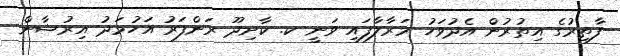
ފާތިރުގެ އިތުރުން އެދުވަހު މަރާލާފައި ވަނީ ކ. ކާށިދޫ ރަންފަރު އަހުމަދު އިރުޝާން